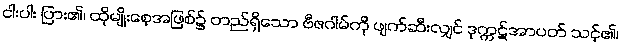
ငါးပါး ပြား၏၊ ထိုမျိုးစေ့အဖြစ်၌ တည်ရှိသော ဗီဇဂါမ်ကို ဖျက်ဆီးလျှင် ဒုက္ကဋ်အာပတ် သင့်၏၊